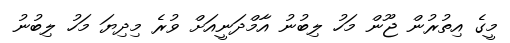
މީގެ އިތުރުން ޖޫން މަހު ލިބުނު އާމްދަނީއަށް ވުރެ މިދިޔަ މަހު ލިބުނު